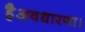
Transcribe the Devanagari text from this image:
हैअवधारणा।